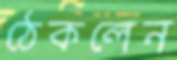
ঠেকলেন